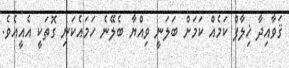
ޤަވާއިދާ ޚިލާފް ކަމެއް ކަމަށް ބަލަނީ ވިއްޔާ ބެލޭނެ ހަމައެކަނި ގޮތަކީ އެއީއެވެ.